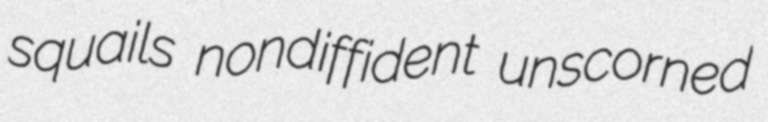
squails nondiffident unscorned